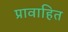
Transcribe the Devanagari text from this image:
प्रावाहित